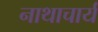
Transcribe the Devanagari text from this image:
नाथाचार्य